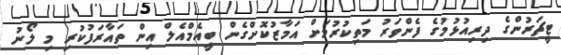
ޓީޗަރުންގެ ދިރިއުޅުމުގެ ފެންވަރު މަތިކުރުމަށް އަމާޒުކޮށްގެން ބީއެމްއެލް އިން ތައާރަފުކުރި މި ލޯނު